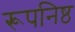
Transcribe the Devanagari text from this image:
रूपनिष्ठ